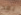
بعد